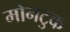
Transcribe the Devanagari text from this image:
मोनटुक